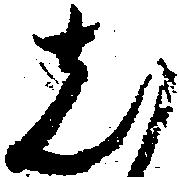
し